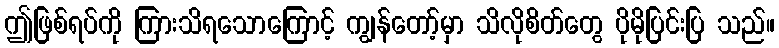
ဤဖြစ်ရပ်ကို ကြားသိရသောကြောင့် ကျွန်တော့်မှာ သိလိုစိတ်တွေ ပိုမိုပြင်းပြ သည်။